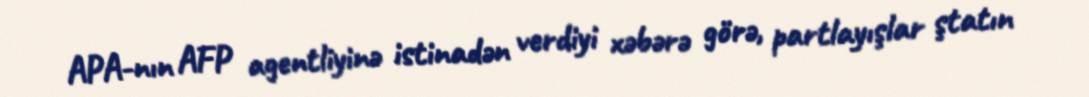
APA-nın AFP agentliyinə istinadən verdiyi xəbərə görə, partlayışlar ştatın